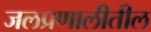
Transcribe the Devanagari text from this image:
जलप्रणालीतील